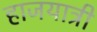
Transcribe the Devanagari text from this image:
हाजयात्री